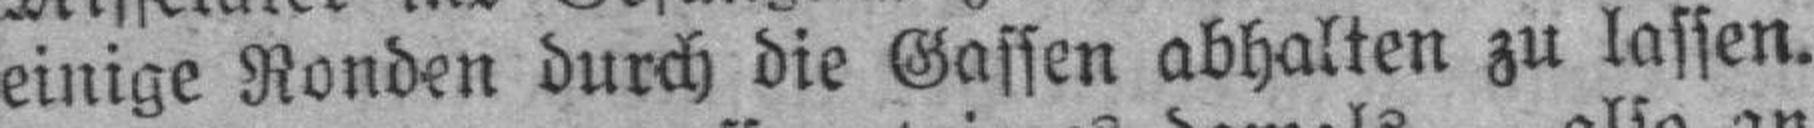
einige Ronden durch die Gassen abhalten zu lassen.